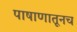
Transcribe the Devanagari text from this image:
पाषाणातूनच